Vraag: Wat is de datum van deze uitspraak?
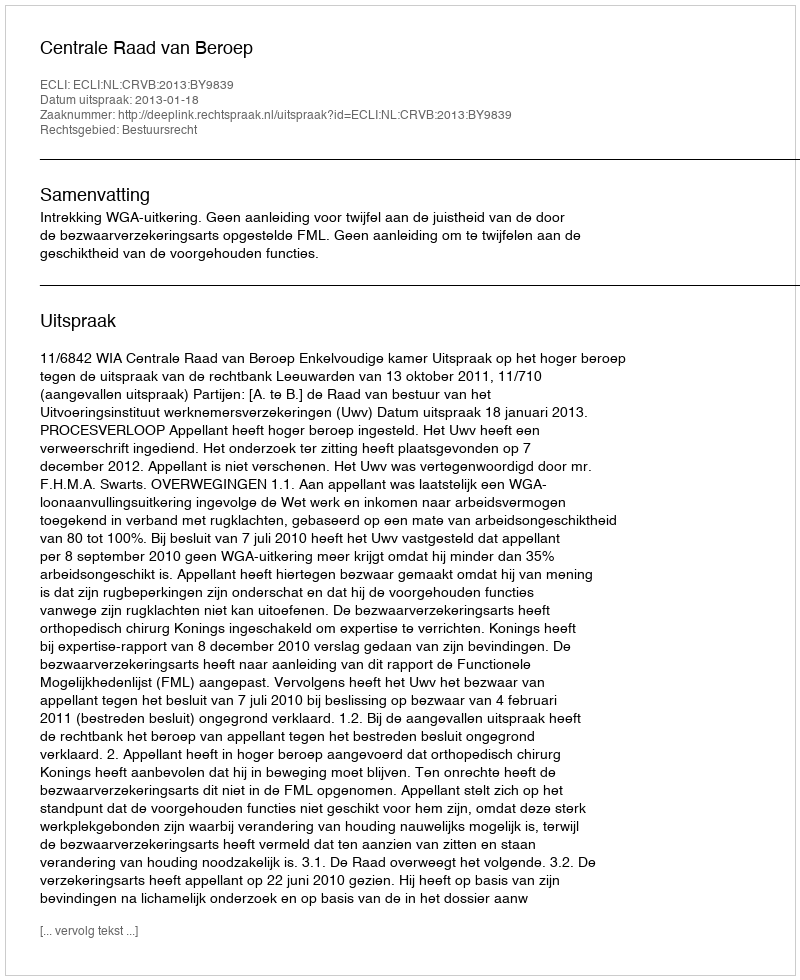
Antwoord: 2013-01-18